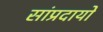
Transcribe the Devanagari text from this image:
सांप्रदायों